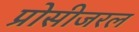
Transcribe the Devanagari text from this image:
प्रोसीजरल